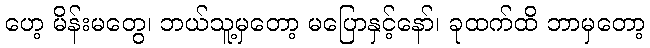
ဟေ့ မိန်းမတွေ၊ ဘယ်သူ့မှတော့ မပြောနှင့်နော်၊ ခုထက်ထိ ဘာမှတော့